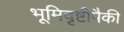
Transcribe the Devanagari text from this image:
भूमिदृष्टीपैकी